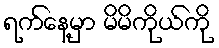
ရက်နေ့မှာ မိမိကိုယ်ကို